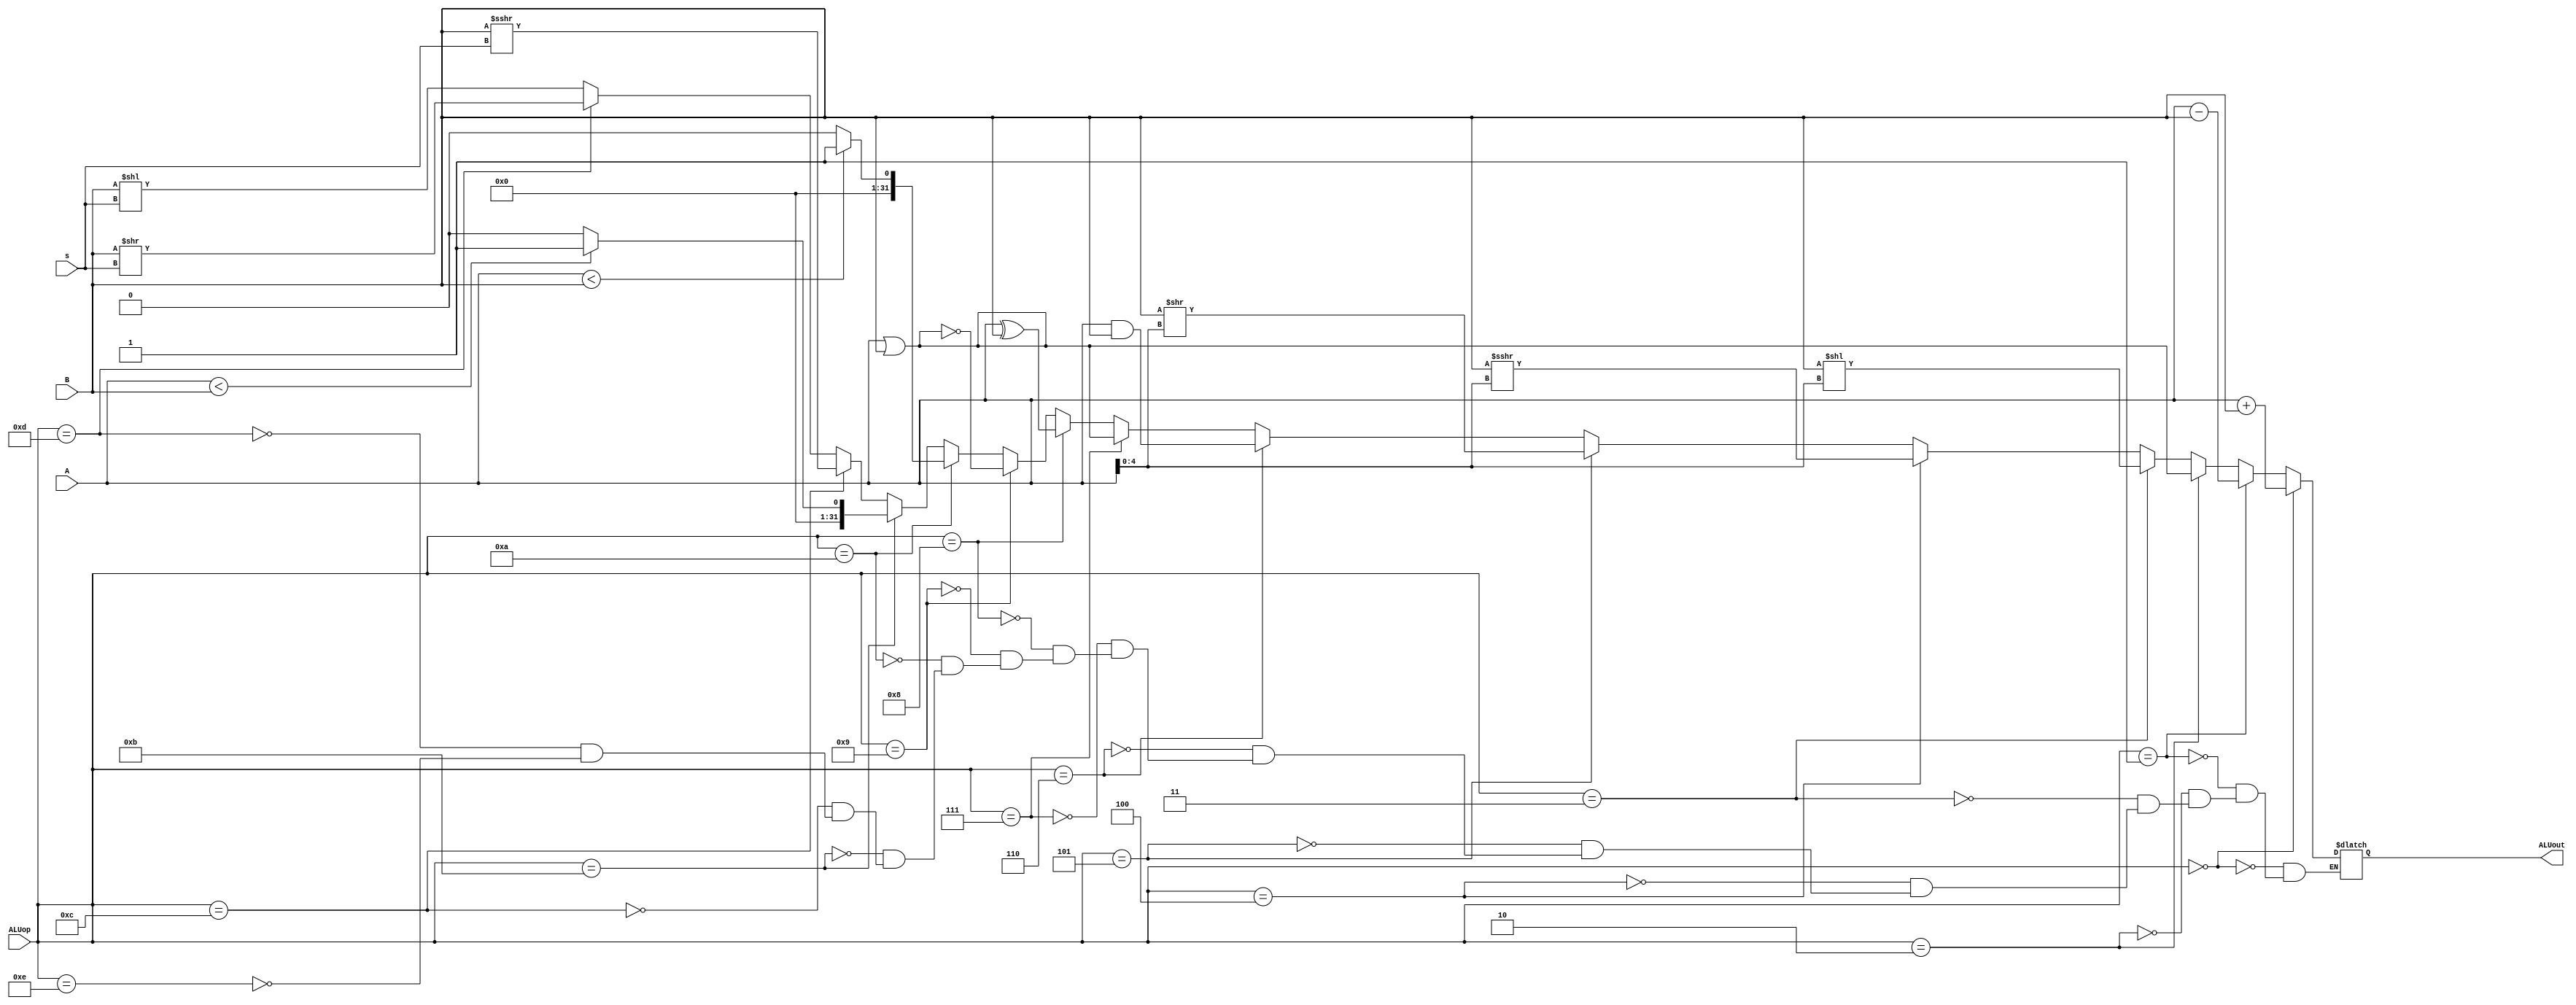
`timescale 1ns / 1ps
//////////////////////////////////////////////////////////////////////////////////
// Company: 
// Engineer: 
// 
// Design Name: 
// Module Name:    alu 
// Project Name: 
// Target Devices: 
// Tool versions: 
// Description: 
//
// Dependencies: 
//
// Revision: 
// Revision 0.01 - File Created
// Additional Comments: 
//
//////////////////////////////////////////////////////////////////////////////////
module ALU(
    input [31:0] A,
    input [31:0] B,
	 input [4:0] s,
    input [3:0] ALUop,
    output reg[31:0] ALUout
    );
    always@(*)begin

	 if(ALUop==0)
	    ALUout<=A+B;
	 else if(ALUop==1)
	    ALUout<=A-B;
	 else if(ALUop==2)
	    ALUout<=A|B;
	 else if(ALUop==3)
	    ALUout<=B<<A[4:0];
	 else if(ALUop==4)
	    ALUout<=$signed(B)>>>A[4:0];
	 else if(ALUop==5)
	    ALUout<=B>>A[4:0];
	 else if(ALUop==6)
	    ALUout<=A&B;
	 else if(ALUop==7)
	    ALUout<=A|B;
	 else if(ALUop==8)
	    ALUout<=A^B;
	 else if(ALUop==9)
	    ALUout<=~(A|B);
	 else if(ALUop==10)begin
	    if($signed(A)<$signed(B)) ALUout<=1;
		 else ALUout<=0;
		 end
	 else if(ALUop==11)begin
	    if(A<B) ALUout<=1;
		 else ALUout<=0;
	    end
	 else if(ALUop==12)
	    ALUout<=$signed(B)>>>s;
    else if(ALUop==13)
	    ALUout<=B>>s;
	 else if(ALUop==14)
	    ALUout<=B<<s;
	 end
	 
	 
	 	 

endmodule